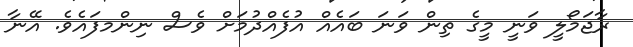
ރާޖަމޯލީ ވަނީ މީގެ ތިން ވަނަ ބައެއް އުފެއްދުމަށް ވެސް ނިންމފައެވެ. އޭނާ